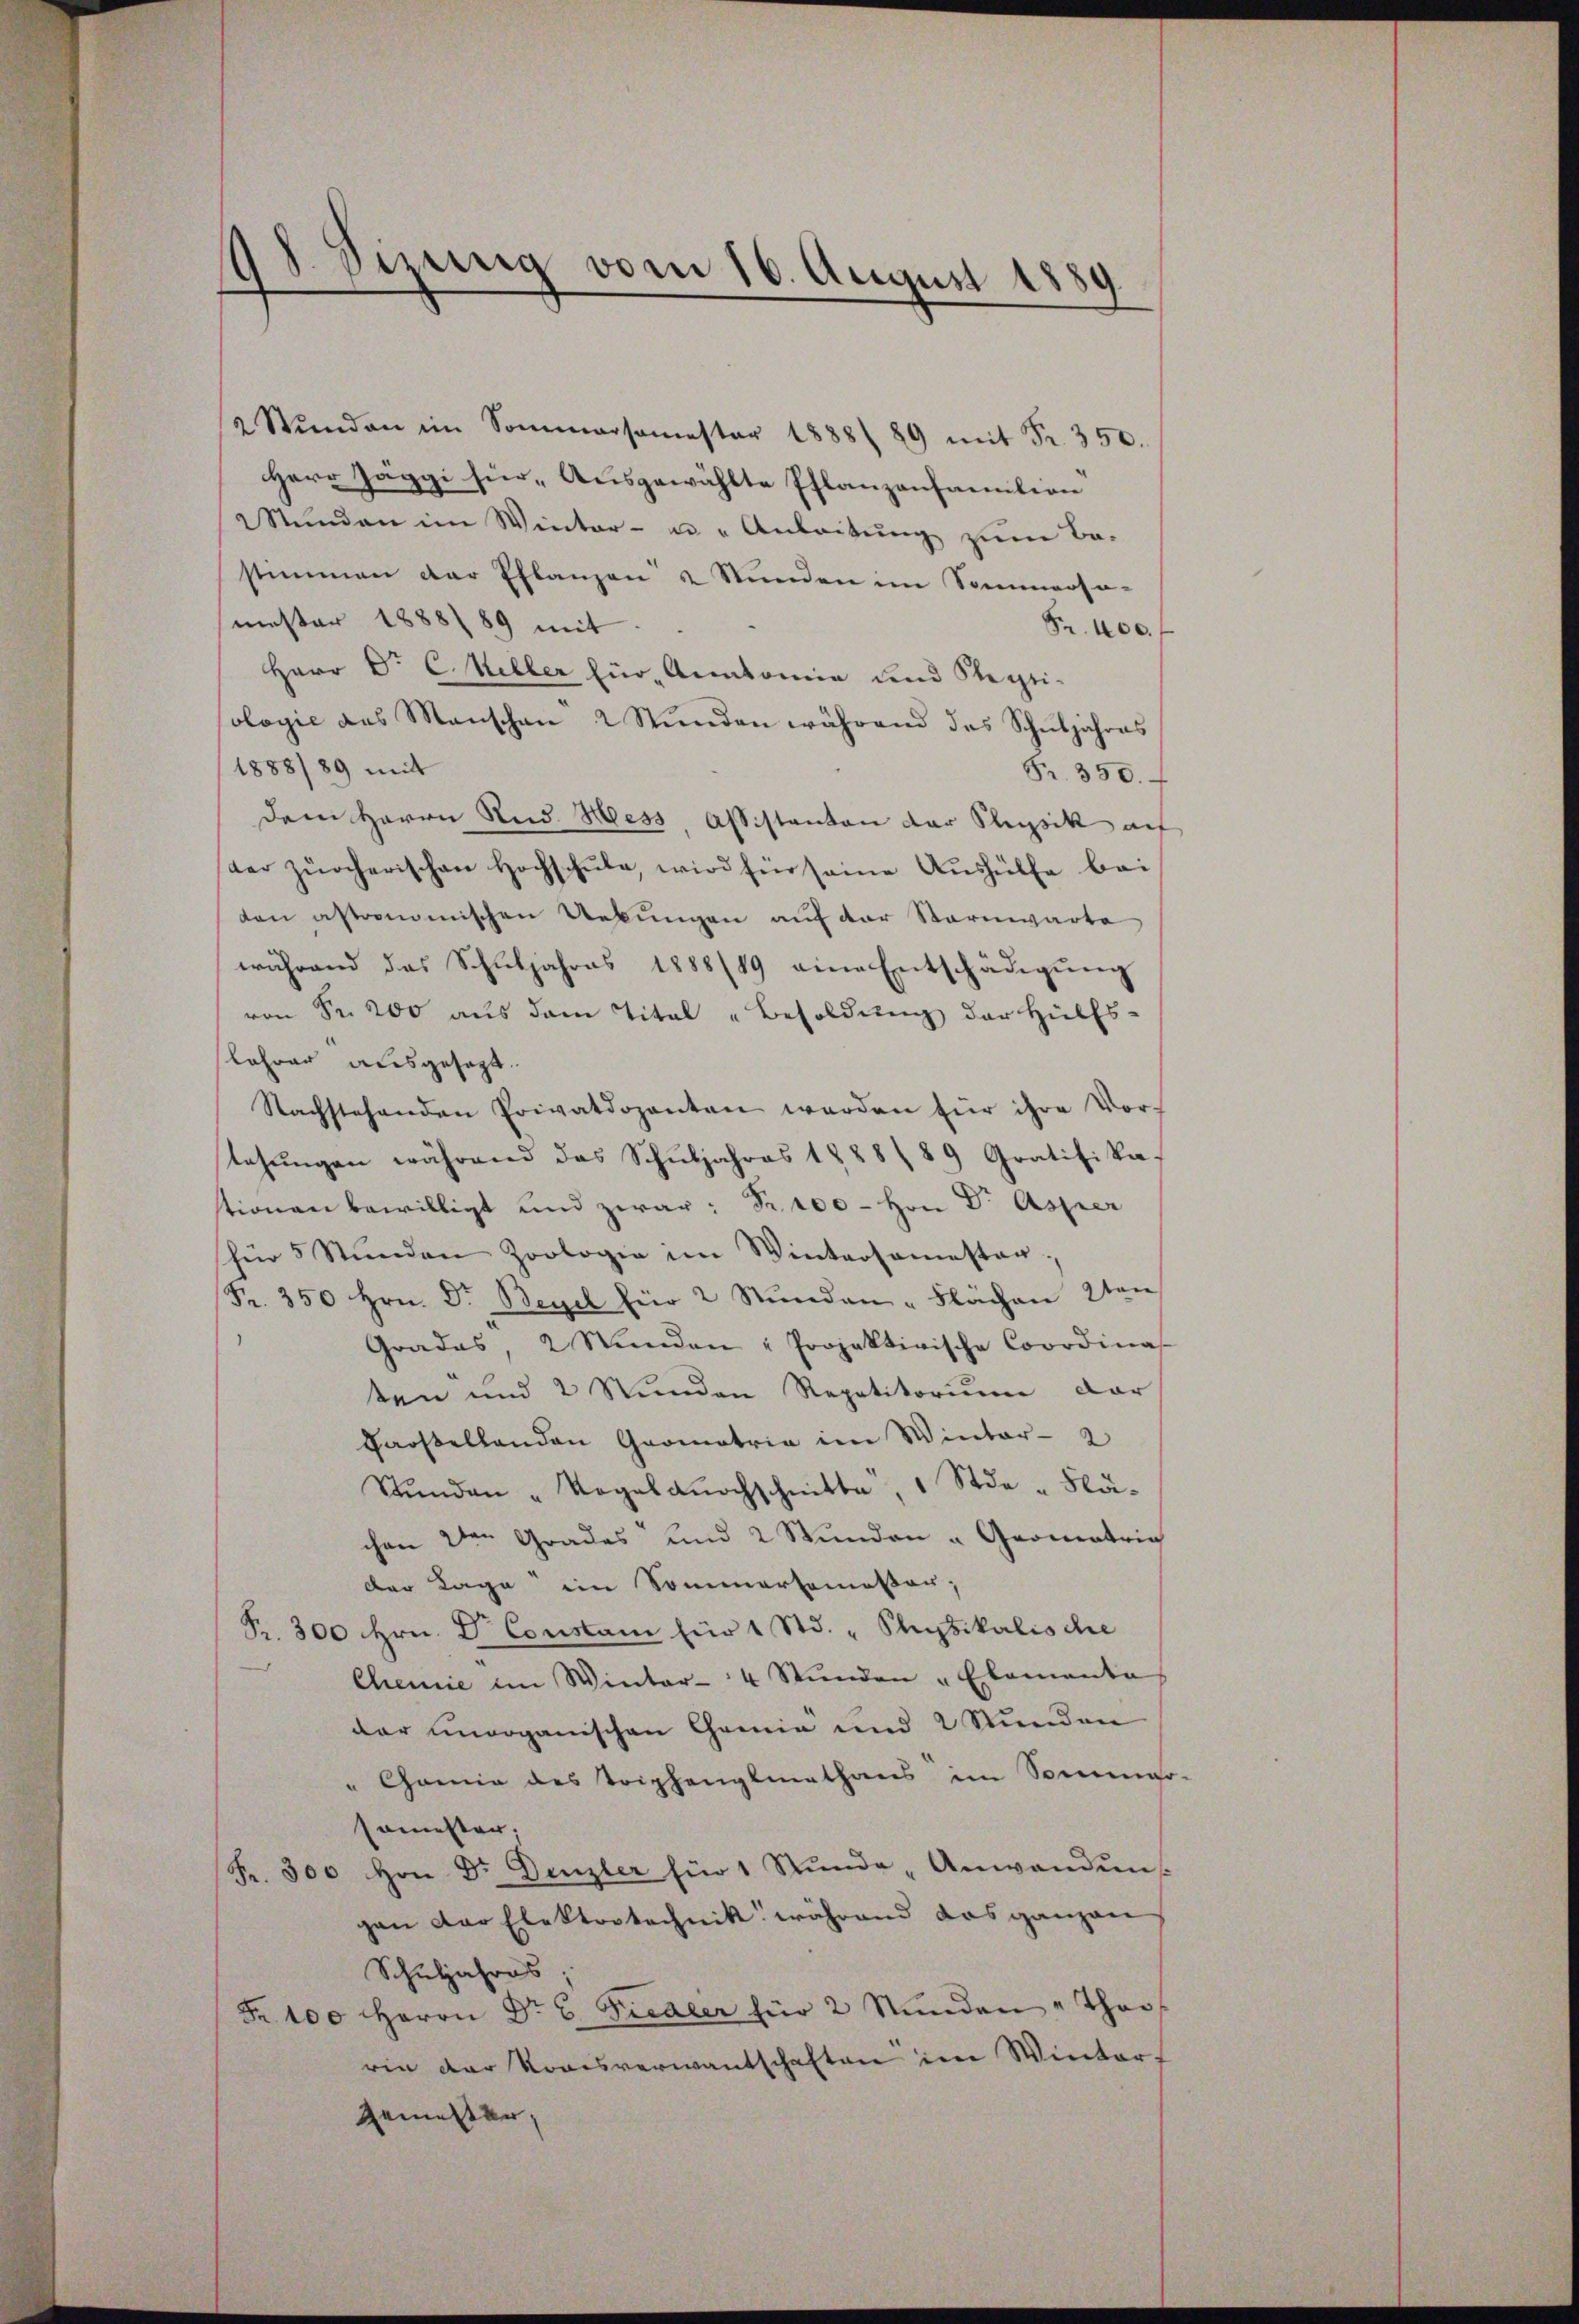
48 Sizung vom 16. August 1889

2 Stŭnden im Sommersamester 1888/ 89 mit Fr. 350.
Herr Jaggi hier „Ausgewählte Pflanzanfamilien
Stŭnden im Winter- u. " Anleitŭng zum Be-
stimmen der Pflanzen u Stunden im Sommerso-
mester 1888) 89 mit
Fr. 400.
Herr Dr. C. Willer für Anatomie und Stepti-
ologie des Manschen 2 Stŭnden während des Schŭljahres
1888/89 mit
Fr. 350.
dem Herrn Rud. Hess Assistanton der Stupsik auf
der zürcherischen Hochschŭle, wird für seine Aushülfe bei
dan astronomischen Uebŭngen auf der Sternwarte
während das Schŭljahres 1888/49 eine Entschädigŭng
von Fr. 200 aŭs dem Titel "Besoldŭng der Hülfs-
lehrer ausgesagt.
Nachstehenden Privatdozenten werden für ihre Vor-
tehŭngen während das Schŭljahres 1888 / 89 Gratifika-
tionen bewilligt und zwar: Fr. 100 - Hrn Dr. Asper
für 5 Stŭnden Zoologie im Wintersamester,
Fr. 350 Hrn. Dr. Begel für 2 Stŭnden - Flächen 2ten
Grades, 2 Stŭnden " Projektivische Coordinas
ten und 2 Stunden Repetitorium dar
Gaosellanden Geometrie im Winter-
Stŭnden „Vogelaŭochschnitte, 1 Stde-Flä-
chen den Grades und 2 Stunden u Geometric
der Lage im Sommersemester;
Pr. 300 Hrn. Dr. Constam für 1 Std. " Stupsikalische
Chemie im Winter- 4 Stŭnden „Elementa
dar unorganischen Camia und 2 Stunden
" Camia des Triphangsmathaus im Somme
semester;
Fr. 300 hrn. Dr. Denzler für 1 Stŭnde Anwandŭng
gen der Elektortechnik während das ganzen
Schuljahres
Fr. 100 Herrn Dr. C. Siedler für 2 Stŭnden " Thor-
rin der Komisverwantschaften im Winter-
Gemeister,